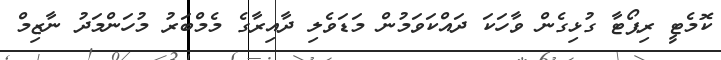
ކޮމެޓީ ރިޕޯޓާ ގުޅިގެން ވާހަކަ ދައްކަވަމުން މަޑަވެލި ދާއިރާގެ މެމްބަރު މުހަންމަދު ނާޒިމް